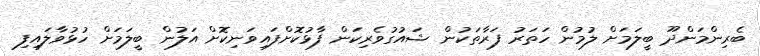
ބެރިންމަންދޫ ބީލަމަށް ލުމުން ހަތަރު ފަރާތަކުން ޝައުގުވެރިކަން ފާޅުކޮށްފައިވަނިކޮށް އަލުން ބީލަމަށް ހުޅުވާލައިފި